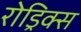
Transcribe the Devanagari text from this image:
रोड्रिक्स